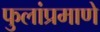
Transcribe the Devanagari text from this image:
फुलांप्रमाणे